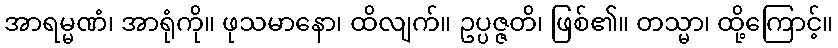
အာရမ္မဏံ၊ အာရုံကို။ ဖုသမာနော၊ ထိလျက်။ ဥပ္ပဇ္ဇတိ၊ ဖြစ်၏။ တသ္မာ၊ ထို့ကြောင့်။